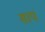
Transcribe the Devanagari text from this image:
सापं